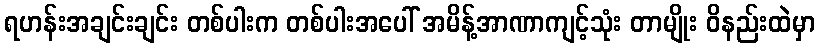
ရဟန်းအချင်းချင်း တစ်ပါးက တစ်ပါးအပေါ် အမိန့်အာဏာကျင့်သုံး တာမျိုး ဝိနည်းထဲမှာ